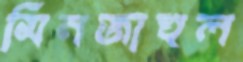
মিনজাহুল